65_HS1-834228961_62-HQ-83894_Section_4
Agency: FBI
Page 160
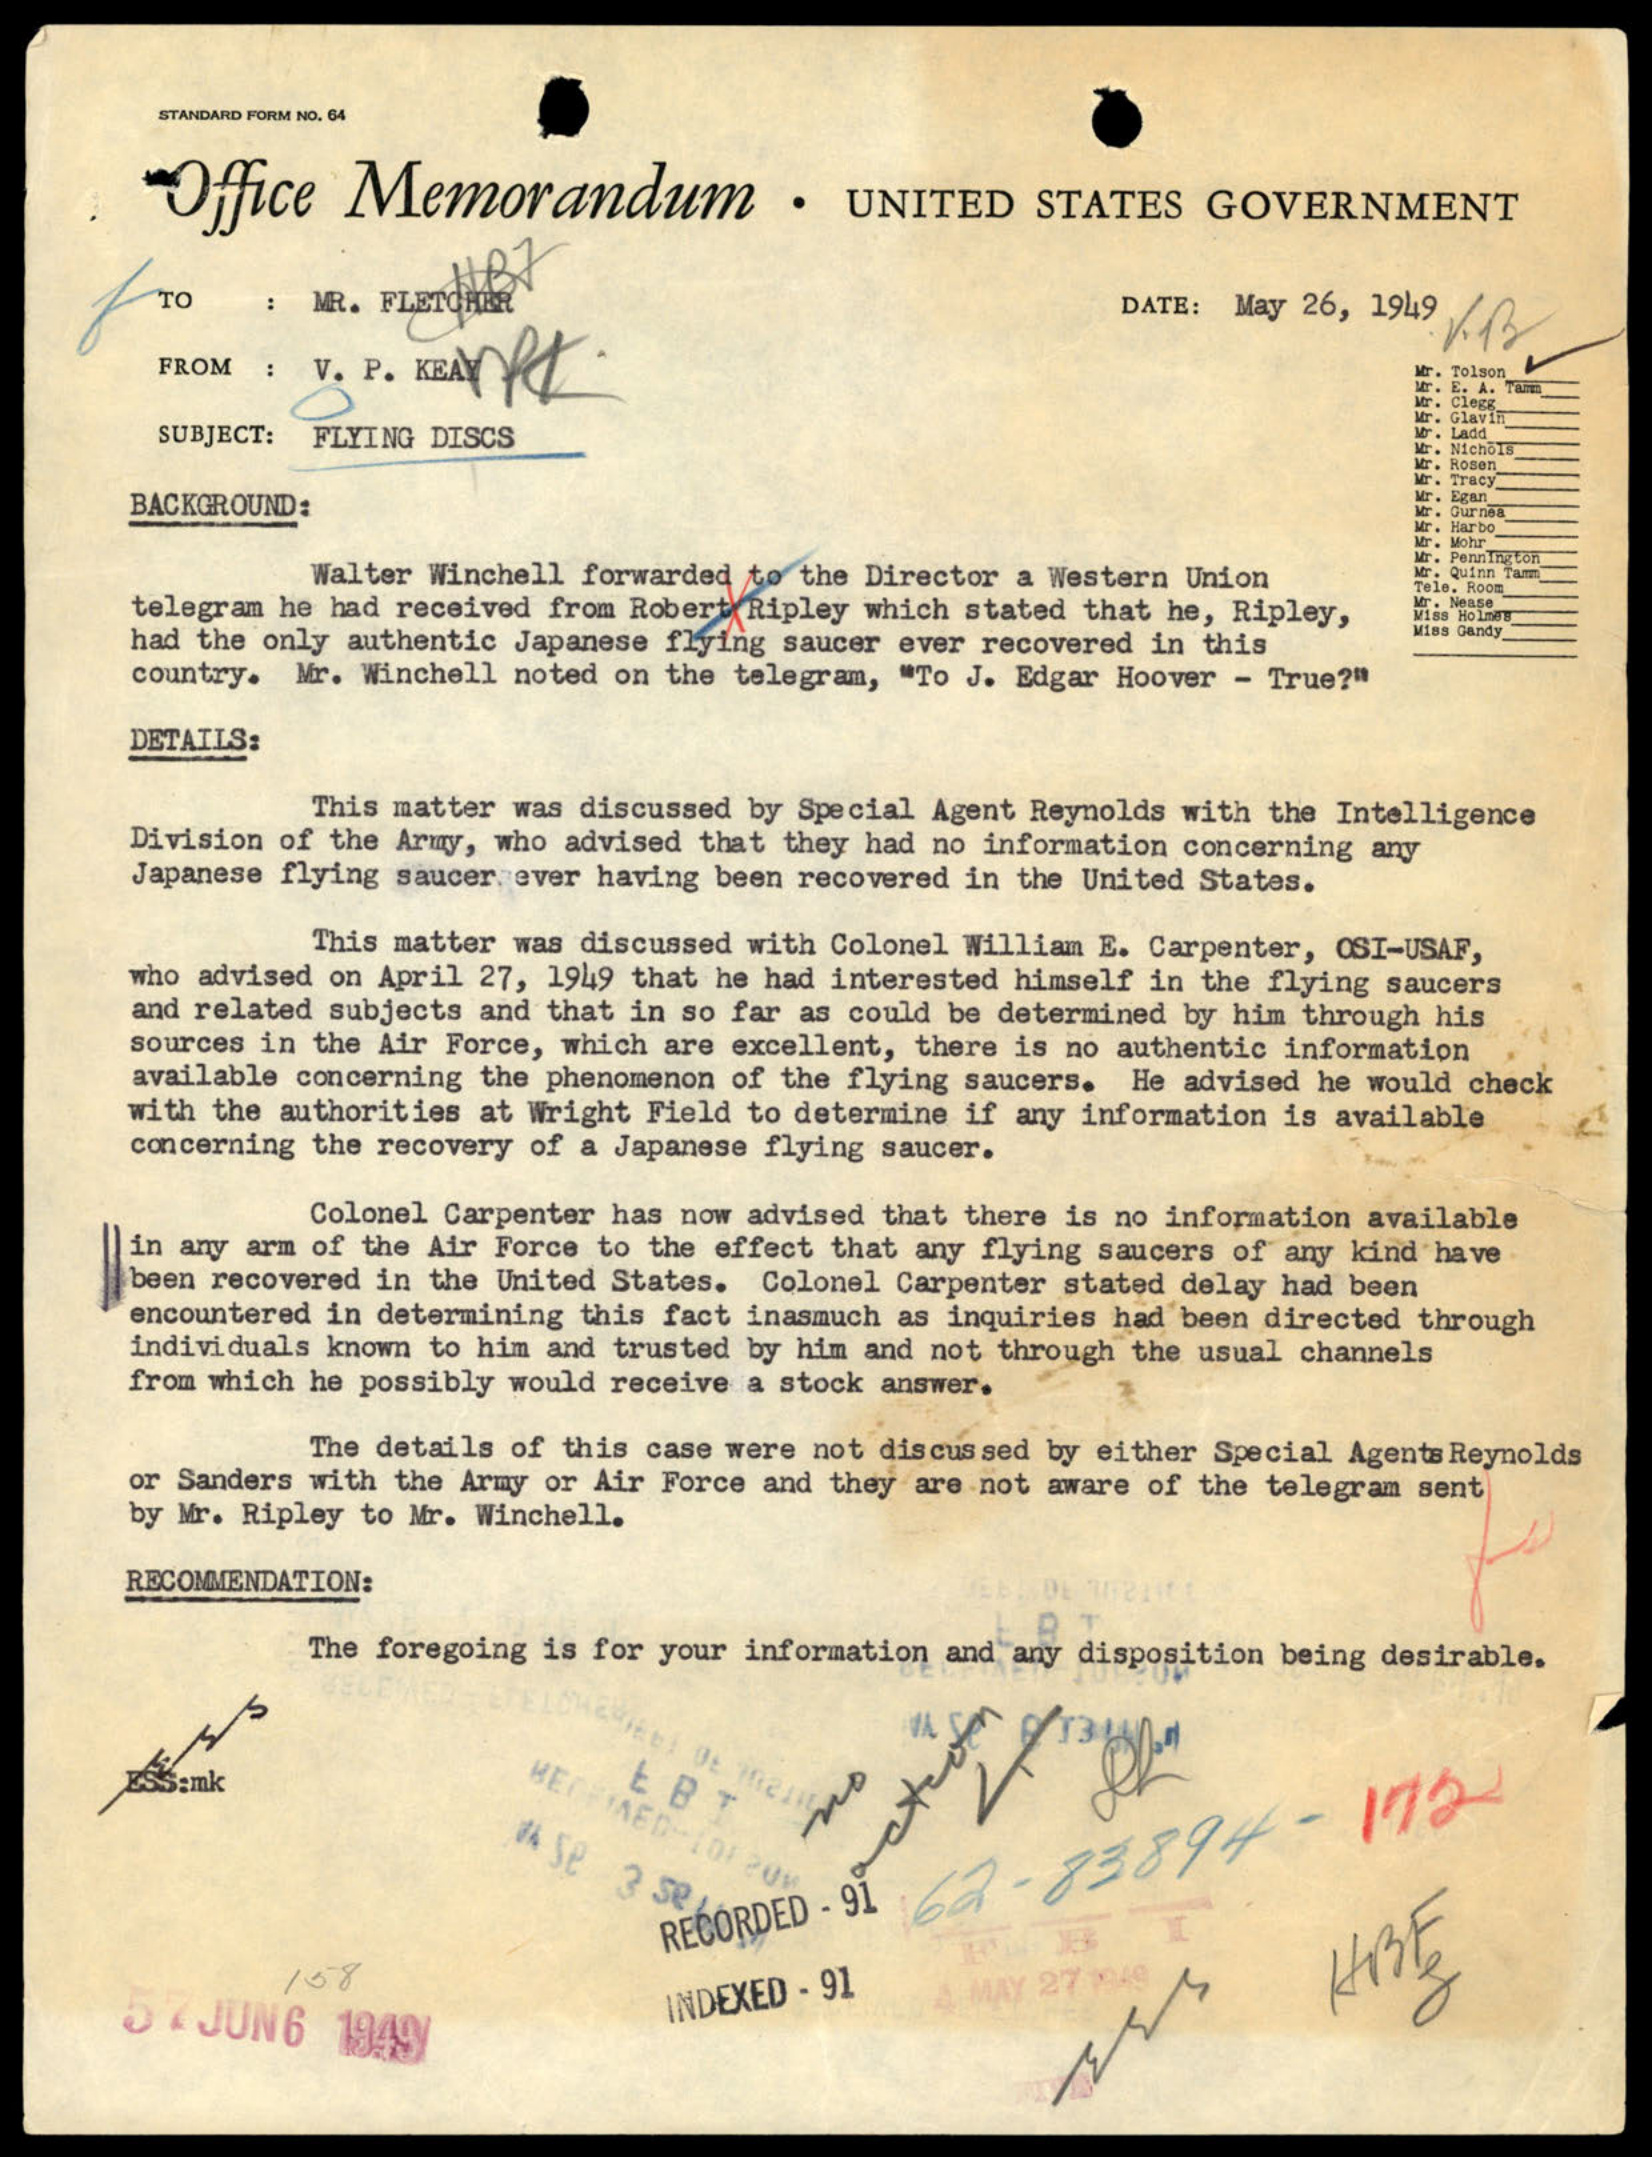